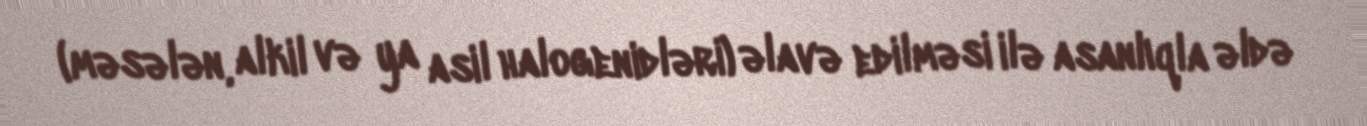
(məsələn, alkil və ya asil halogenidləri) əlavə edilməsi ilə asanlıqla əldə